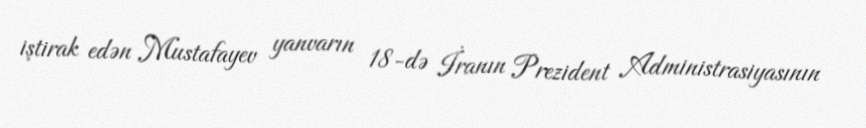
iştirak edən Mustafayev yanvarın 18-də İranın Prezident Administrasiyasının